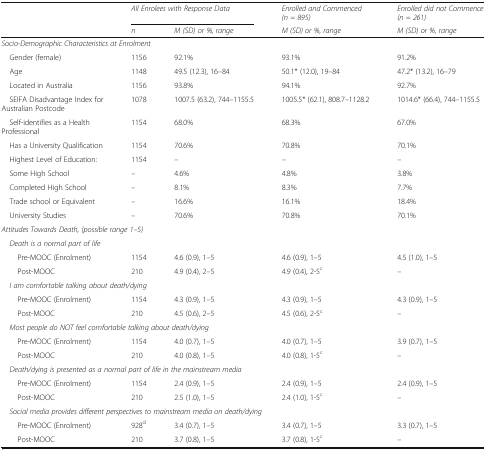
<table><thead><tr><td rowspan="2"></td><td colspan="2"><b><i>All Enrolees with Response Data</i></b></td><td><b><i>Enrolled and Commenced (n = 895)</i></b></td><td><b><i>Enrolled did not Commence (n = 261)</i></b></td></tr><tr><td><b><i>n</i></b></td><td><b><i>M (SD) or %, range</i></b></td><td><b><i>M (SD) or %, range</i></b></td><td><b><i>M (SD) or %, range</i></b></td></tr></thead><tbody><tr><td colspan="5"><i>Socio-Demographic Characteristics at Enrolment</i></td></tr><tr><td> Gender (female)</td><td>1156</td><td>92.1%</td><td>93.1%</td><td>91.2%</td></tr><tr><td> Age</td><td>1148</td><td>49.5 (12.3), 16–84</td><td>50.1* (12.0), 19–84</td><td>47.2* (13.2), 16–79</td></tr><tr><td> Located in Australia</td><td>1156</td><td>93.8%</td><td>94.1%</td><td>92.7%</td></tr><tr><td> SEIFA Disadvantage Index for Australian Postcode</td><td>1078</td><td>1007.5 (63.2), 744–1155.5</td><td>1005.5* (62.1), 808.7–1128.2</td><td>1014.6* (66.4), 744–1155.5</td></tr><tr><td> Self-identifies as a Health Professional</td><td>1154</td><td>68.0%</td><td>68.3%</td><td>67.0%</td></tr><tr><td> Has a University Qualification</td><td>1154</td><td>70.6%</td><td>70.8%</td><td>70.1%</td></tr><tr><td> Highest Level of Education:</td><td>1154</td><td>–</td><td>–</td><td>–</td></tr><tr><td> Some High School</td><td>–</td><td>4.6%</td><td>4.8%</td><td>3.8%</td></tr><tr><td> Completed High School</td><td>–</td><td>8.1%</td><td>8.3%</td><td>7.7%</td></tr><tr><td> Trade school or Equivalent</td><td>–</td><td>16.6%</td><td>16.1%</td><td>18.4%</td></tr><tr><td> University Studies</td><td>–</td><td>70.6%</td><td>70.8%</td><td>70.1%</td></tr><tr><td colspan="5"><i>Attitudes Towards Death, (possible range 1–5)</i></td></tr><tr><td colspan="5"> <i>Death is a normal part of life</i></td></tr><tr><td>Pre-MOOC (Enrolment)</td><td>1154</td><td>4.6 (0.9), 1–5</td><td>4.6 (0.9), 1–5</td><td>4.5 (1.0), 1–5</td></tr><tr><td>Post-MOOC</td><td>210</td><td>4.9 (0.4), 2–5</td><td>4.9 (0.4), 2-5<sup>c</sup></td><td>–</td></tr><tr><td colspan="5"> <i>I am comfortable talking about death/dying</i></td></tr><tr><td>Pre-MOOC (Enrolment)</td><td>1154</td><td>4.3 (0.9), 1–5</td><td>4.3 (0.9), 1–5</td><td>4.3 (0.9), 1–5</td></tr><tr><td>Post-MOOC</td><td>210</td><td>4.5 (0.6), 2–5</td><td>4.5 (0.6), 2-5<sup>c</sup></td><td>–</td></tr><tr><td colspan="5"> <i>Most people do NOT feel comfortable talking about death/dying</i></td></tr><tr><td>Pre-MOOC (Enrolment)</td><td>1154</td><td>4.0 (0.7), 1–5</td><td>4.0 (0.7), 1–5</td><td>3.9 (0.7), 1–5</td></tr><tr><td>Post-MOOC</td><td>210</td><td>4.0 (0.8), 1–5</td><td>4.0 (0.8), 1-5<sup>c</sup></td><td>–</td></tr><tr><td colspan="5"> <i>Death/dying is presented as a normal part of life in the mainstream media</i></td></tr><tr><td>Pre-MOOC (Enrolment)</td><td>1154</td><td>2.4 (0.9), 1–5</td><td>2.4 (0.9), 1–5</td><td>2.4 (0.9), 1–5</td></tr><tr><td>Post-MOOC</td><td>210</td><td>2.5 (1.0), 1–5</td><td>2.4 (1.0), 1-5<sup>c</sup></td><td>–</td></tr><tr><td colspan="5"> <i>Social media provides different perspectives to mainstream media on death/dying</i></td></tr><tr><td>Pre-MOOC (Enrolment)</td><td>928<sup>d</sup></td><td>3.4 (0.7), 1–5</td><td>3.4 (0.7), 1–5</td><td>3.3 (0.7), 1–5</td></tr><tr><td>Post-MOOC</td><td>210</td><td>3.7 (0.8), 1–5</td><td>3.7 (0.8), 1-5<sup>c</sup></td><td>–</td></tr></tbody></table>